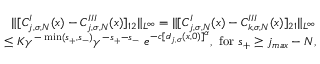
\begin{array} { r l r } & { } & { \Vert [ C _ { j , \sigma , N } ^ { I } ( x ) - C _ { j , \sigma , N } ^ { I I I } ( x ) ] _ { 1 2 } \Vert _ { L ^ { \infty } } = \Vert [ C _ { j , \sigma , N } ^ { I } ( x ) - C _ { k , \sigma , N } ^ { I I I } ( x ) ] _ { 2 1 } \Vert _ { L ^ { \infty } } } \\ & { } & { \le K \gamma ^ { - \operatorname* { m i n } ( s _ { + } , s _ { - } ) } \gamma ^ { - s _ { + } - s _ { - } } \ e ^ { - c [ d _ { j , \sigma } ( x , 0 ) ] ^ { \alpha } } , \ \mathrm { f o r } \ s _ { + } \ge j _ { m a x } - N , } \end{array}